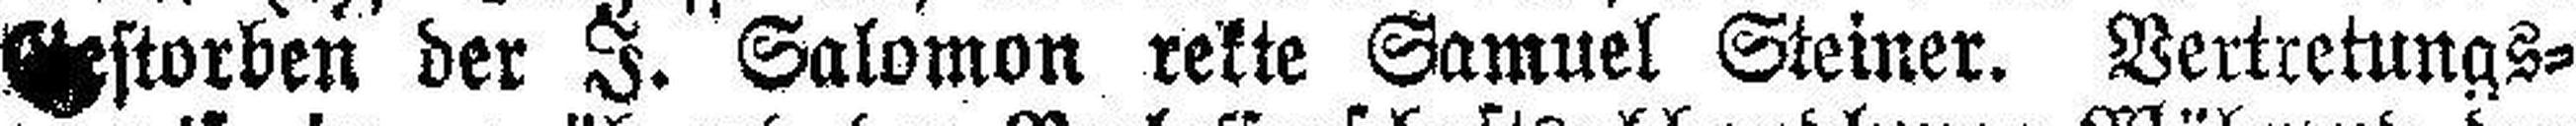
Gestorben der I. Salomon rekte Samuel Steiner. Vertretungs¬